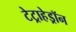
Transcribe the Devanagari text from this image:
टेट्राहेड्रॉन